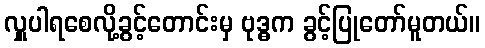
လှူပါရစေလို့ခွင့်တောင်းမှ ဗုဒ္ဓက ခွင့်ပြုတော်မူတယ်။